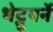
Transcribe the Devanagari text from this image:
भेट्नुपर्ने